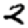
Digit: 2